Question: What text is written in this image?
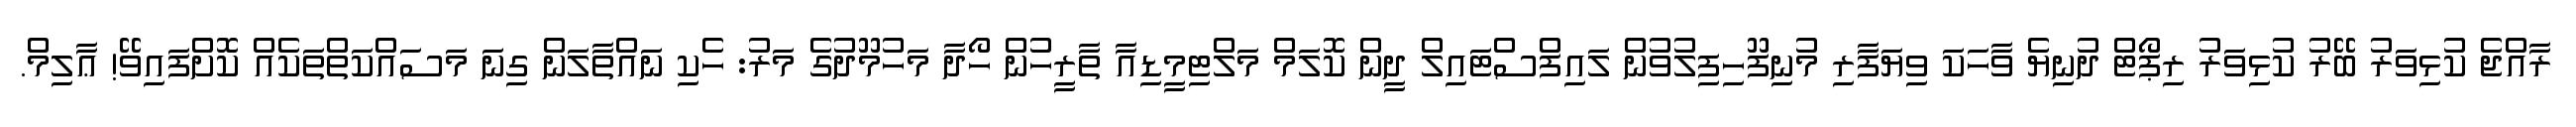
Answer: ރާއްޖެ ކުޅިވަރު ބޭރު ކުޅިވަރު ރިޕޯޓް ދުނިޔެ ވާހަކަ ވިޔަފާރި މުނިފޫހިފިލުވުން ލައިފްސްޓައިލް ދީން ކޮލަމް މަލްޓިމީޑިއާ ތާރީހުން ހޯދާ މަހުމޫދުގެ މަރު: ހެކި ނައްތާލަން ގިނަ މަސައްކަތްތަކެއް ކޮށްފައިވޭ! ޢާލިމް.